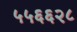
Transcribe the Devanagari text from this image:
५५६६२८